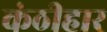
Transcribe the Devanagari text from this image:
कंठीहार